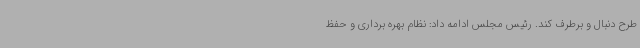
طرح دنبال و برطرف کند. رئیس مجلس ادامه داد: نظام بهره برداری و حفظ